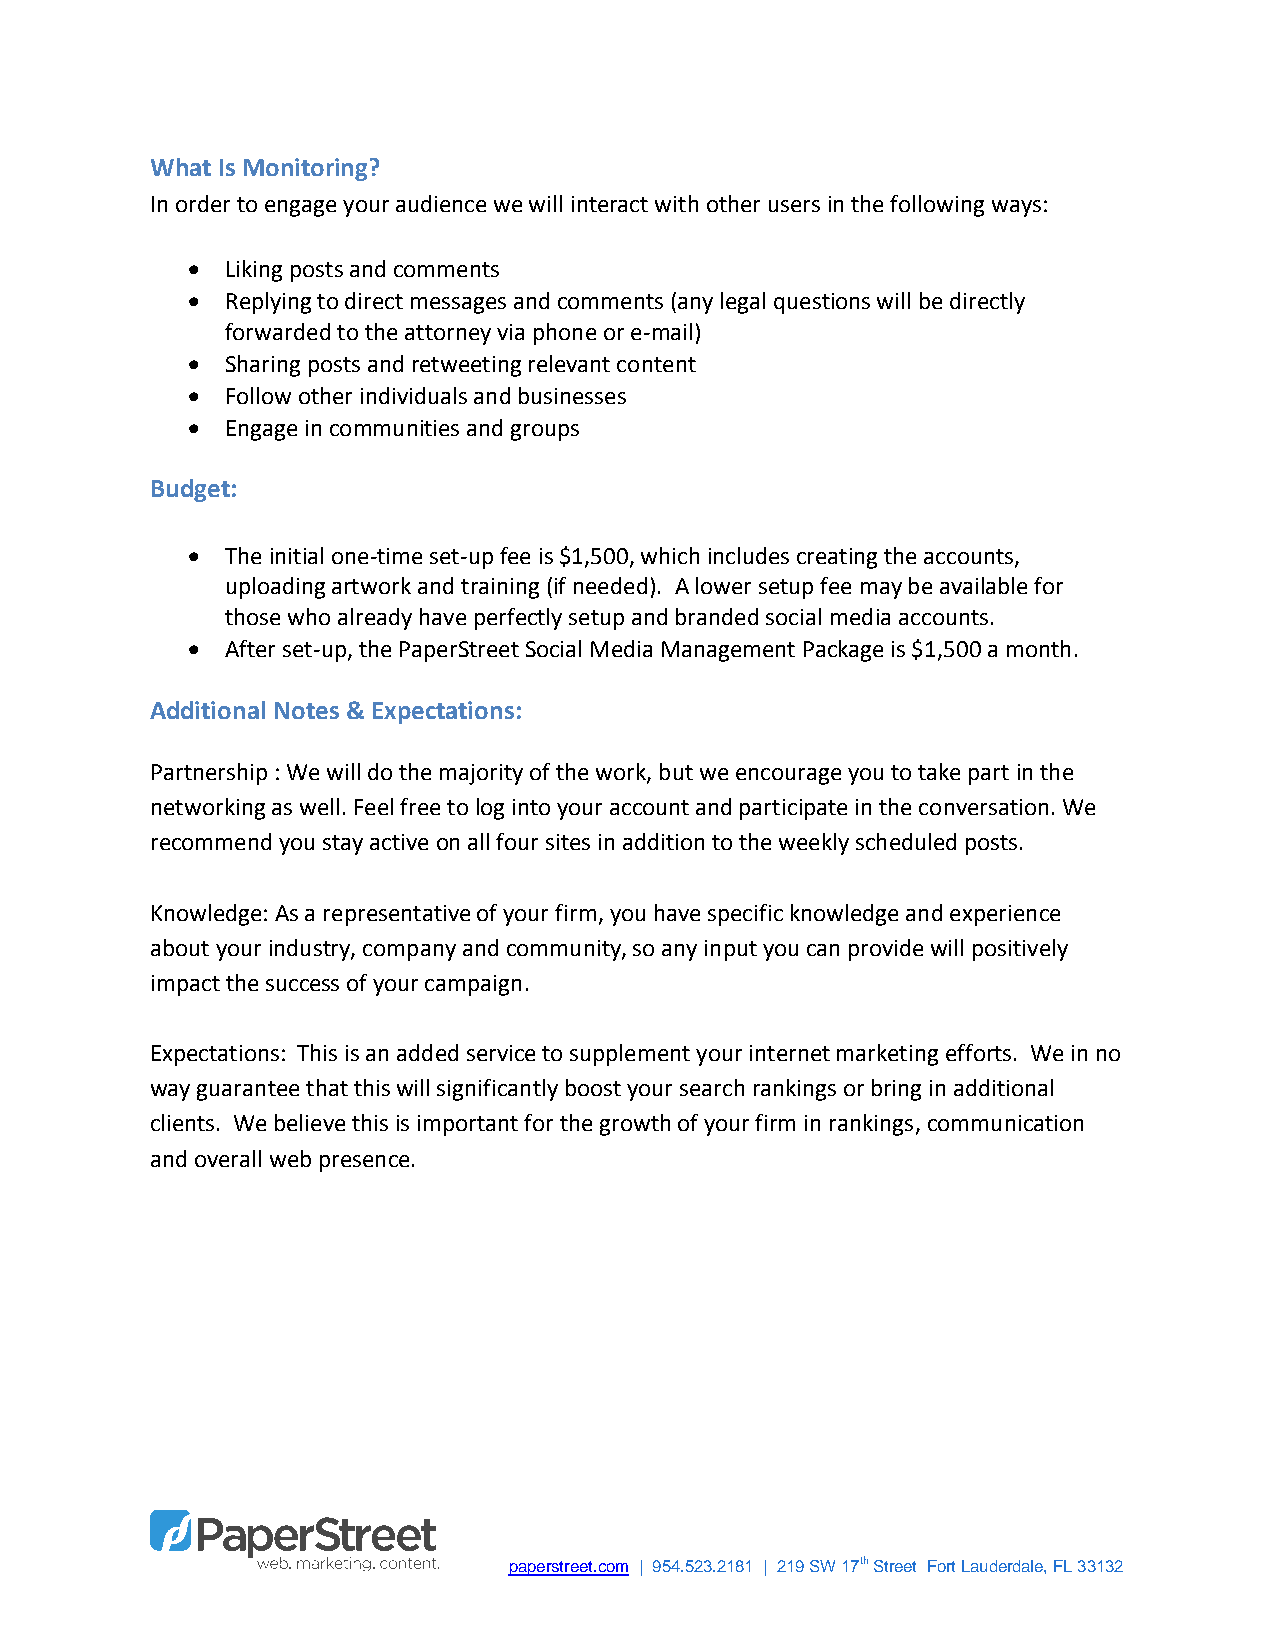
What Is Monitoring?
 In order to engage your audience we will interact with other users in the following ways:
   Liking posts and comments
   Replying to direct messages and comments (any legal questions will be directly
 forwarded to the attorney via phone or e-mail)
   Sharing posts and retweeting relevant content
   Follow other individuals and businesses
   Engage in communities and groups
 Budget:
   The initial one-time set-up fee is $1,500, which includes creating the accounts,
 uploading artwork and training (if needed). A lower setup fee may be available for
 those who already have perfectly setup and branded social media accounts.
   After set-up, the PaperStreet Social Media Management Package is $1,500 a month.
 Additional Notes & Expectations:
 Partnership : We will do the majority of the work, but we encourage you to take part in the
 networking as well. Feel free to log into your account and participate in the conversation. We
 recommend you stay active on all four sites in addition to the weekly scheduled posts.
 Knowledge: As a representative of your firm, you have specific knowledge and experience
 about your industry, company and community, so any input you can provide will positively
 impact the success of your campaign.
 Expectations: This is an added service to supplement your internet marketing efforts. We in no
 way guarantee that this will significantly boost your search rankings or bring in additional
 clients. We believe this is important for the growth of your firm in rankings, communication
 and overall web presence.
 paperstreet.com | 954.523.2181 | 219 SW 17th Street Fort Lauderdale, FL 33132